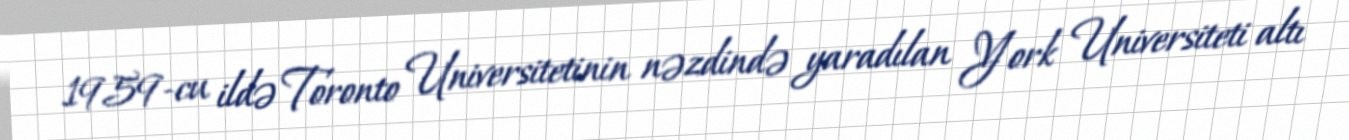
1959-cu ildə Toronto Universitetinin nəzdində yaradılan York Universiteti altı